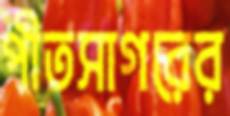
পীতসাগরের